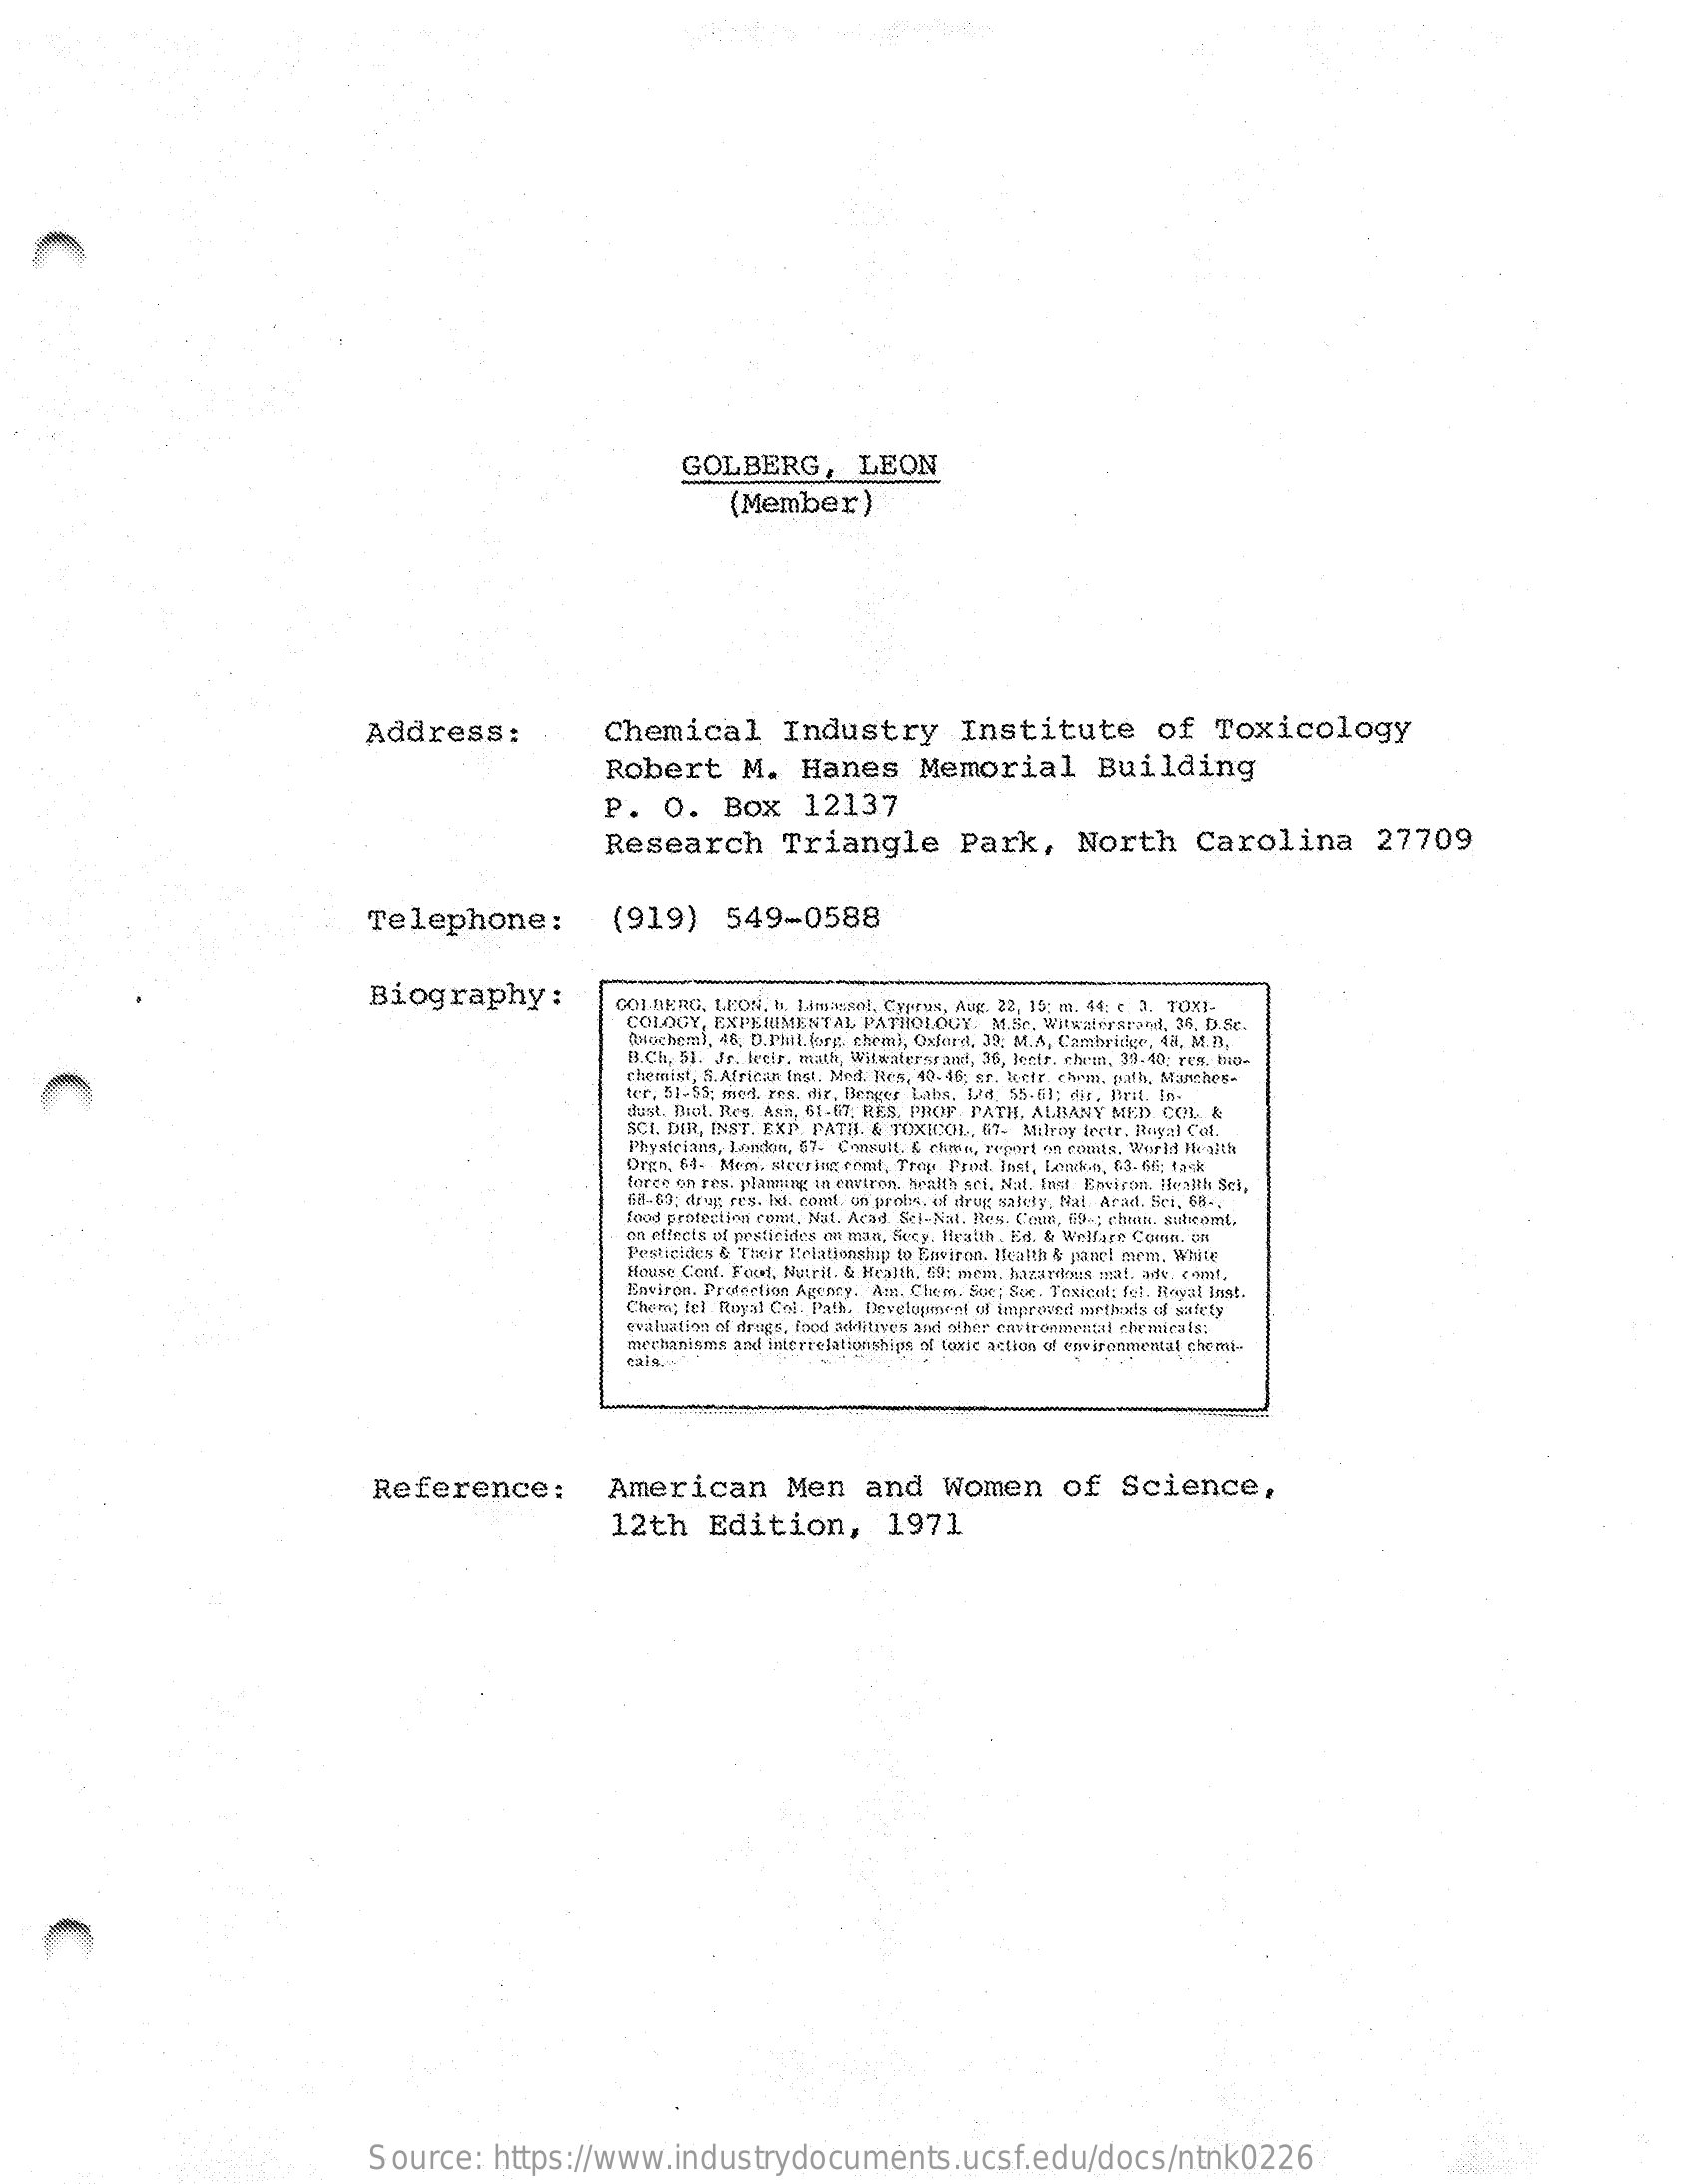
GOLBERG,    LEON
     (Member)
     Address:    Chemical    Industry    Institute    of    Toxicology
     Robert    M.    Hanes    Memorial    Building
     P.   O.    Box    12137
     Research    Triangle    Park,    North    Carolina    27709
     Telephone:    (919)    549-0588
     Biography:    COLBERG.  LEON, b. Linceisol, Cyprus, Aug, 22, 15: m. 44: < 3. TOXI.
     COLOGY,  EXPEIUMENTAL   PATHOLOGY.    M.Sc. Witwatersrand, 25. D.Sc.
     Omochera), 46, D.Phul. forp. cheml, Oxford, 39; M.A, Cambridge, 481, M.D.
     B.Ch, 51. Jr. freir, math, Witwatersrand, 36, Jecfr. chem, 39-40; ren, Hide
     chemist, S. African Inst. Med. Res, 40-45; er. lecir. chem. path, Manches-
     ter, 51-55; med. res. dir. Berger Laha. 1/8, 55.63; dir. Brit. In.
     dust. Biot. Reg. Aan, 51-67. RES, PROF- PATH, ALBANY MED. COL &
     SCI. DIR, INST. EXP. PATH. & TOXICOL, 67- Milroy lectr. Hayal Col.
     Physicians, London, 57- Consult, & chmp, report on conds, World Health
     Orgh, 64- Mem, slecsing comt, Trop Prod. Inst, Lomis-6, 83- fi6; task
     force on res, planing in enstron. health sei. Nat. Inst Bawiron. Health Sch,
     58-60; drug; res. Ixt. onent, on probs, of drug safety, Nal Arad. Set_ 68-
     food protection comt. Nat. Acad Sci-Nat. Bes. Comn, 19 -; chain. Stalitoml,
     ca effects of pesticides on man, Secy. Itratth . Ed. & Welfare Coin. on
     Pesticides & Their Relationship to Environ, Health & panel mem, White
     House Conf. Foul. Nutrit. & Health. 69: mem. hazardles mal. ade. comt,
     Environ, Protection Agency. Am. Chem. Suc; Sce. Textenl; fel. Royal last.
     Chern; fel . Royal Col. Path, Development of improved narthexts of safety
     evaluation of frags. food additives and other castronmental chemicals:
     mechanisms and interrelationships of toxic action of environmental chemi-
     CaiA.w.
     Reference:    American    Men    and    Women    of    Science,
     12th    Edition,    1971
     Source:    https://www.industrydocuments.ucsf.edu/docs/ntnk0226